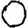
Digit: 0